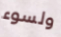
ولسوء